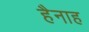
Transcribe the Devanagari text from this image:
हैनाह